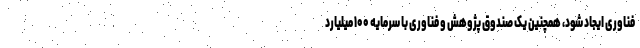
فناوری ایجاد شود، همچنین یک صندوق پژوهش و فناوری با سرمایه ۱۰۰ میلیارد